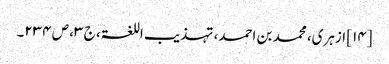
[۱۴] ازہری، محمد بن احمد، تہذیب اللغۃ، ج ۳، ص ۲۳۴۔